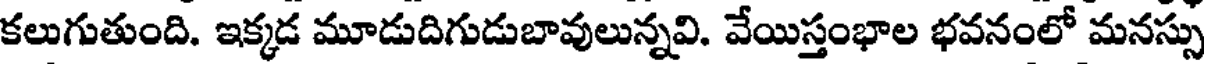
కలుగుతుంది. ఇక్కడ మూడుదిగుడుబావులున్నవి. వేయిస్తంభాల భవనంలో మనస్సు